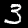
Digit: 3